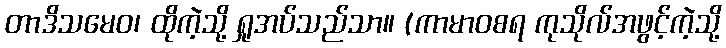
တာဒိသမေဝ၊ ထိုကဲ့သို့ ရှုအပ်သည်သာ။ (ကာမာဝစရ ကုသိုလ်အဖွင့်ကဲ့သို့